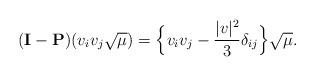
LaTeX: \begin{align*}(\mathbf{I} - \mathbf{P})( v_i v_j \sqrt{\mu} ) = \Big\{v_iv_j - \frac{|v|^2}{3} \delta_{ij}\Big\} \sqrt{\mu}.\end{align*}